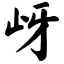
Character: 岈